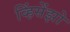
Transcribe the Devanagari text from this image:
व्हिंसेंझो